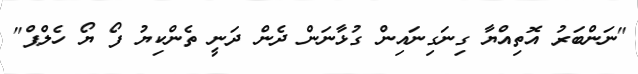
"ނަންބަރު އޮތިއްޔާ ގިނަގިނައިން ގުޅާނަން ދެން ދަނީ ތެންކިޔު ފޯ ޔޯ ހެލްޕް"